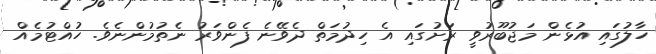
ހާލުގައި އުޅެން މަޖުބޫރުވީ ރަަށުގައި އެ ހިދުމަތްް ދެވޭނެ ފެންވަރު ނެތުމުންނެވެ. ހުއްޓުމެއް